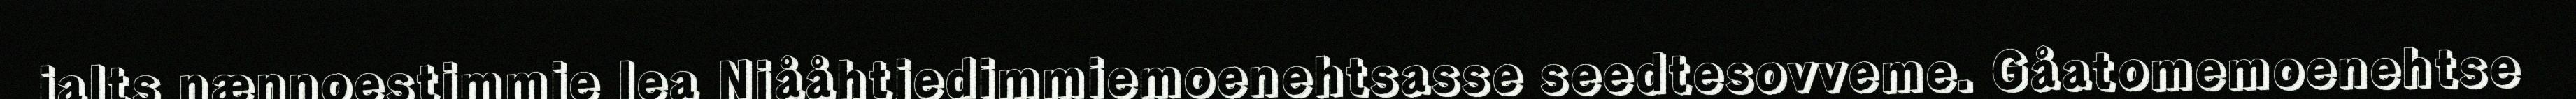
jalts nænnoestimmie lea Njååhtjedimmiemoenehtsasse seedtesovveme. Gåatomemoenehtse